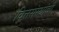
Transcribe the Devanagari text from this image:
वित्तसंस्थांची